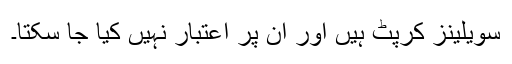
سویلینز کرپٹ ہیں اور ان پر اعتبار نہیں کیا جا سکتا۔